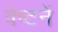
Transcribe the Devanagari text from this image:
वेष्टनें